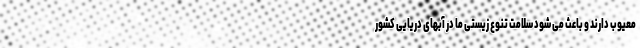
معیوب دارند و باعث می شود سلامت تنوع زیستی ما در آبهای دریایی کشور